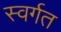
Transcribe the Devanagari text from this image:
स्वर्गत